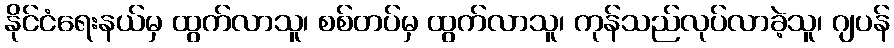
နိုင်ငံရေးနယ်မှ ထွက်လာသူ၊ စစ်တပ်မှ ထွက်လာသူ၊ ကုန်သည်လုပ်လာခဲ့သူ၊ ဂျပန်